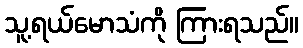
သူ့ရယ်မောသံကို ကြားရသည်။